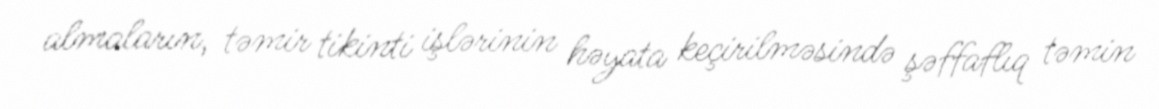
almaların, təmir tikinti işlərinin həyata keçirilməsində şəffaflıq təmin